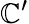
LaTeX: \mathbb{C}^{\prime}